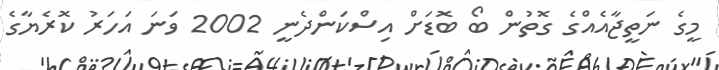
މީގެ ނަތީޖާއެއްްގެ ގޮތުން ބޯ ބޮޑަށް އިސްކަންދެނީ 2002 ވަނަ އަހަރު ކޮރެޔާގެ